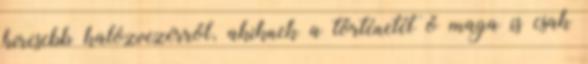
híresebb kalózvezérről, akiknek a történetét ő maga is csak